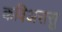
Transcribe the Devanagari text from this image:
कविअरासु